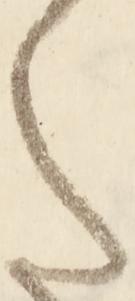
た